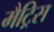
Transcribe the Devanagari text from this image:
मैट्रिस